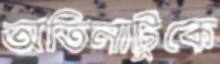
অতিনাটুকে